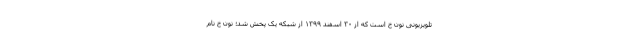
تلویزیونی نون خ است که از ۳۰ اسفند ۱۳۹۹ از شبکه یک پخش شد؛ نون خ نام